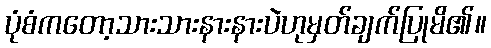
ပုံစံကတော့သားသားနားနားပဲဟုမှတ်ချက်ပြုမိ၏။